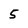
Character: 5